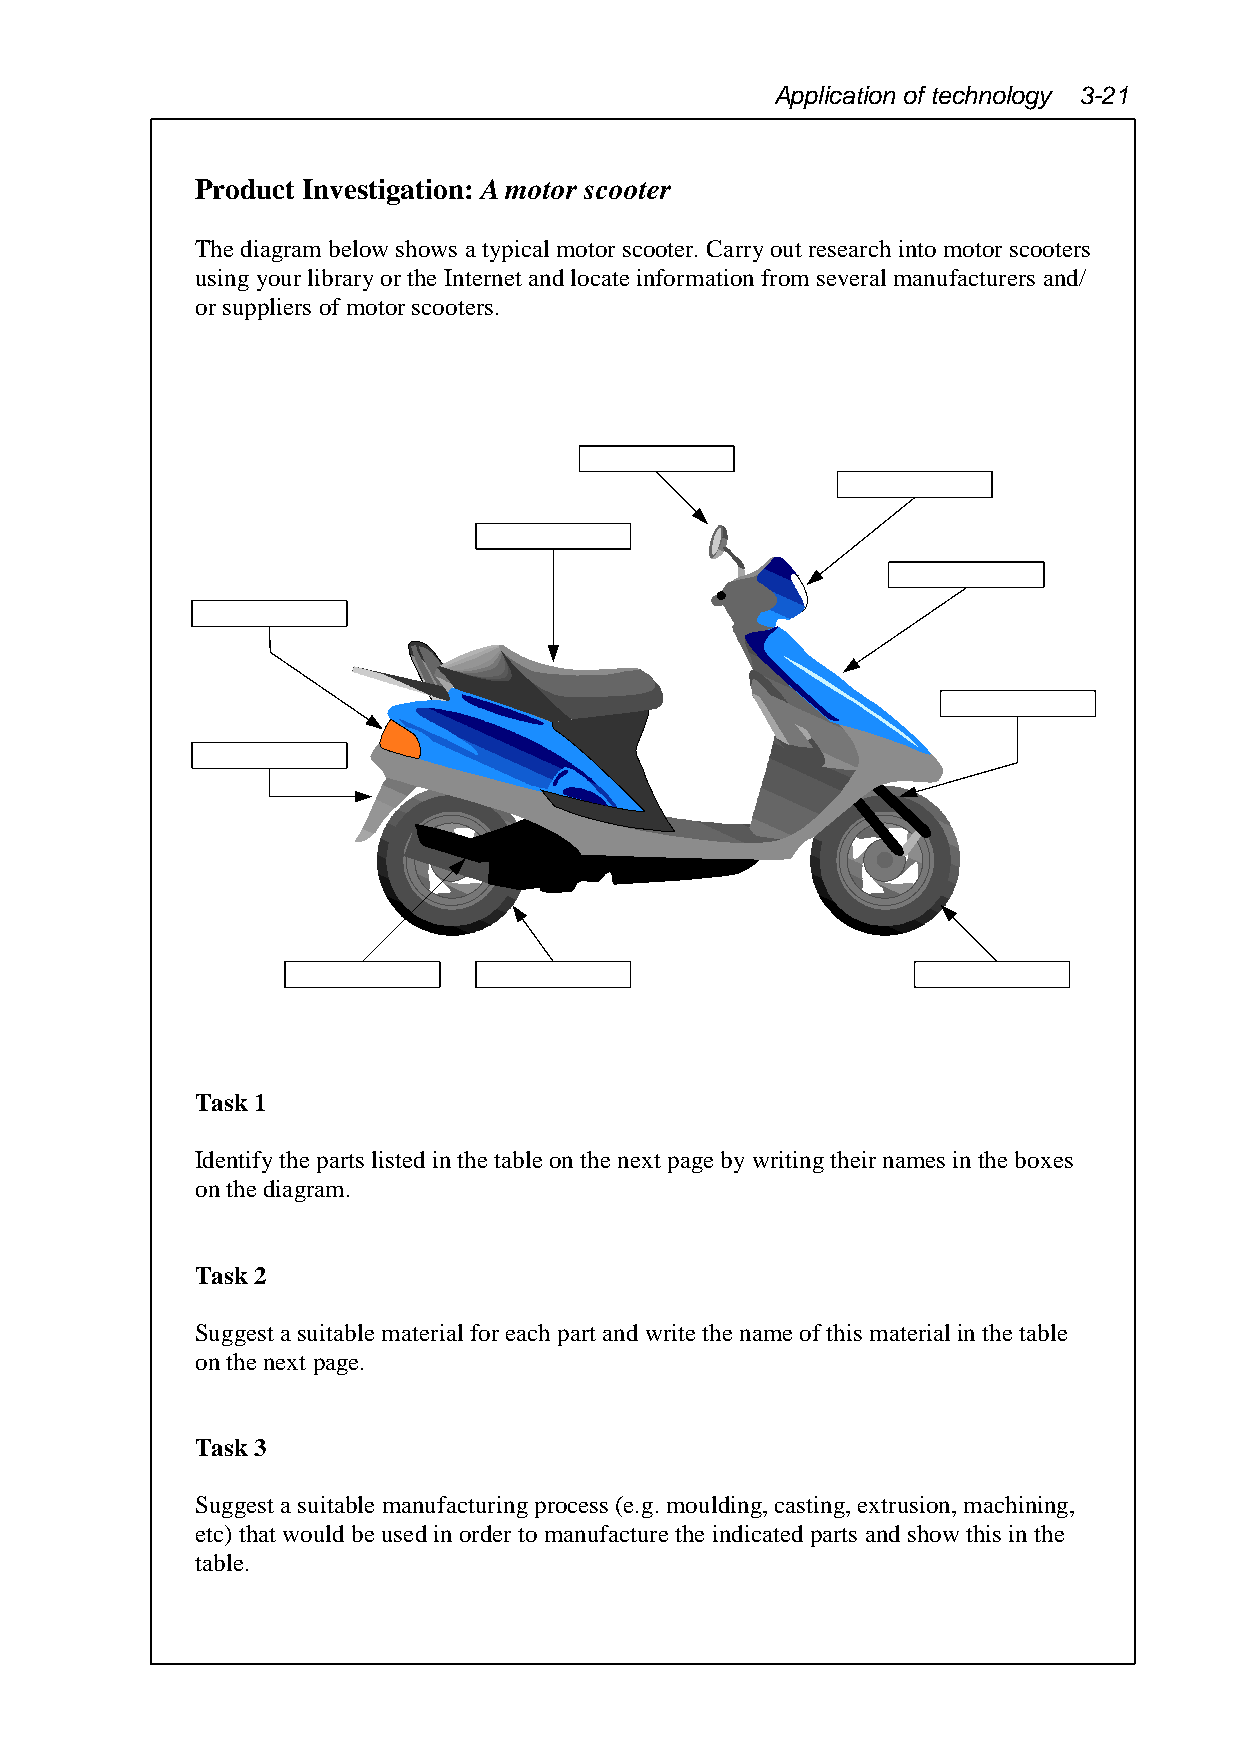
Application of technology 3-21
 Product Investigation: A motor scooter
 The diagram below shows a typical motor scooter. Carry out research into motor scooters
 using your library or the Internet and locate information from several manufacturers and/
 or suppliers of motor scooters.
 Task 1
 Identify the parts listed in the table on the next page by writing their names in the boxes
 on the diagram.
 Task 2
 Suggest a suitable material for each part and write the name of this material in the table
 on the next page.
 Task 3
 Suggest a suitable manufacturing process (e.g. moulding, casting, extrusion, machining,
 etc) that would be used in order to manufacture the indicated parts and show this in the
 table.